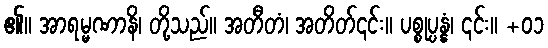
၏။ အာရမ္မဏာနိ၊ တို့သည်။ အတီတံ၊ အတိတ်၎င်း။ ပစ္စုပ္ပန္နံ၊ ၎င်း။ +၀၁